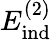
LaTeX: E_{\mathrm{ind}}^{(2)}